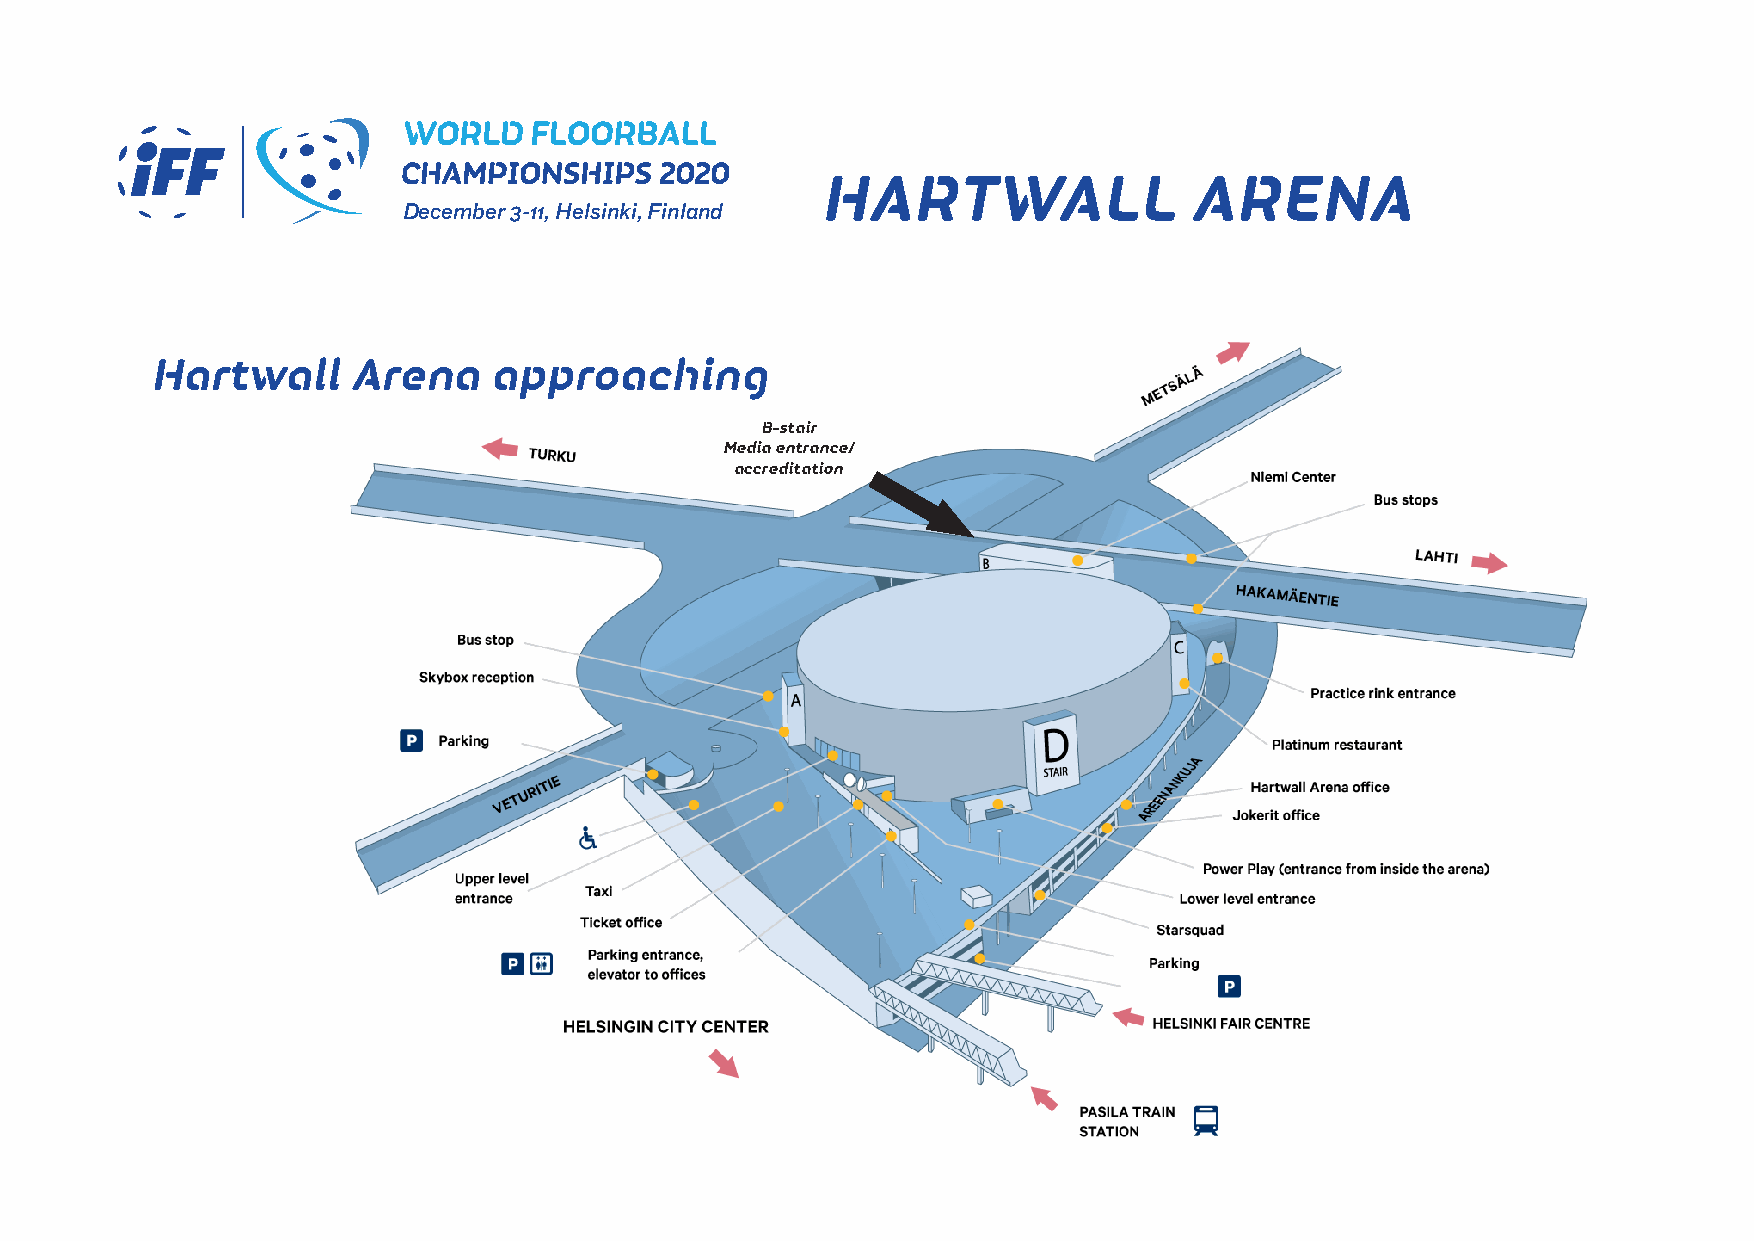
HARTWALL                 ARENA
 December 3-11, Helsinki, Finland
 Hartwall     Arena    approaching
 B-stair
 Media entrance/
 accreditation